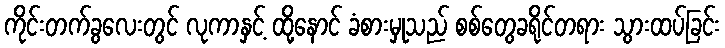
ကိုင်းတက်ခွလေးတွင် လုကာနှင့် ထို့နောင် ခံစားမှုသည် စစ်တွေခရိုင်တရား သွားထပ်ခြင်း